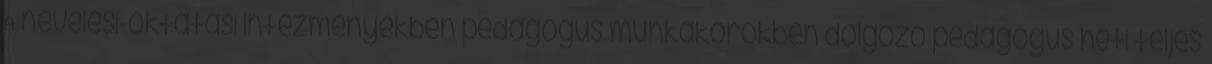
A nevelési-oktatási intézményekben pedagógus munkakörökben dolgozó pedagógus heti teljes